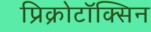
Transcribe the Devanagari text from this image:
प्रिक्रोटॉक्सिन